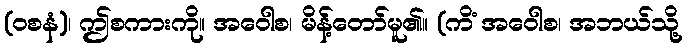
(ဝစနံ)၊ ဤစကားကို။ အဝေါစ၊ မိန့်တော်မူ၏။ (ကိံ အဝေါစ၊ အဘယ်သို့